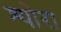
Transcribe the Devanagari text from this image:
श्योरा